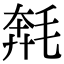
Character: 𣮡